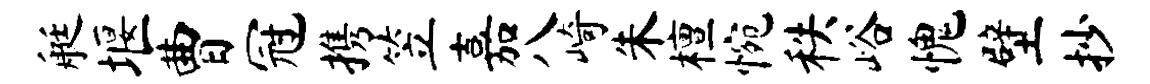
艇堰曹冠携笠嘉八崎朱檀惋秩峪愧壁抄